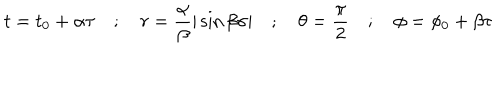
t = t _ { 0 } + \alpha \tau \quad ; \quad r = \frac { \alpha } { \beta } \vert \sin \beta \sigma \vert \quad ; \quad \theta = \frac { \pi } { 2 } \quad ; \quad \phi = \phi _ { 0 } + \beta \tau